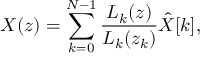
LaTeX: X ( z ) = \sum _ { k = 0 } ^ { N - 1 } { \frac { L _ { k } ( z ) } { L _ { k } ( z _ { k } ) } } { \hat { X } } [ k ] ,